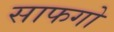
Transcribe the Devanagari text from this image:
साफगो